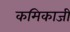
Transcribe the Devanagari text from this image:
कमिकाजी